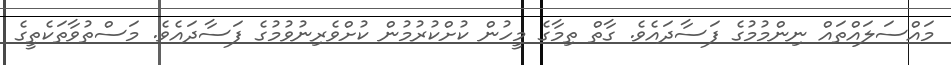
މައްސަލައްތައް ނިންމުމުގެ ފަސާދައެވެ. ގާތް ތިމާގެ މީހުން ކުށްކުރުމުން ކުށްވެރިނުވުމުގެ ފަސާދައެވެ. މަސްތުވާތަކެތީގެ